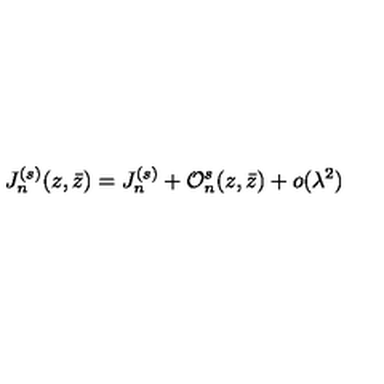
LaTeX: J _ { n } ^ { ( s ) } ( z , \bar { z } ) = J _ { n } ^ { ( s ) } + { \cal O } _ { n } ^ { s } ( z , \bar { z } ) + o ( \lambda ^ { 2 } )